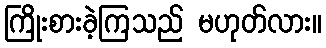
ကြိုးစားခဲ့ကြသည် မဟုတ်လား။